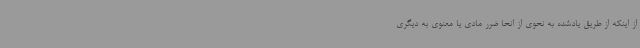
از اینکه از طریق یادشده به نحوی از انحا ضرر مادی یا معنوی به دیگری